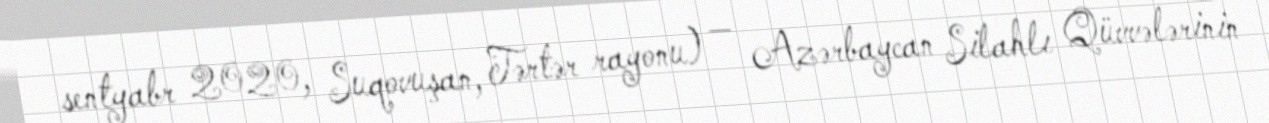
sentyabr 2020, Suqovuşan, Tərtər rayonu) — Azərbaycan Silahlı Qüvvələrinin